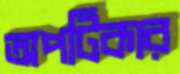
অপটিকার